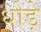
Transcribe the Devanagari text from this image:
धोड़े